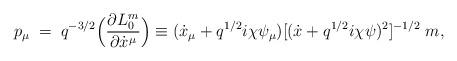
LaTeX: \begin{align*}p_{\mu}\; = \; q^{-3/2} \Bigl ( \frac{\partial L_{0}^m}{\partial\dot x^{\mu}} \Bigr ) \equiv (\dot x_{\mu} +q^{1/2} i \chi \psi_{\mu})[(\dot x +q^{1/2} i \chi \psi)^2 ]^{-1/2} \;m,\end{align*}